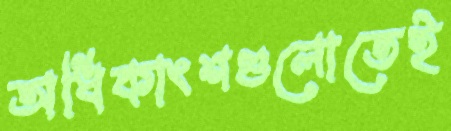
অধিকাংশগুলোতেই